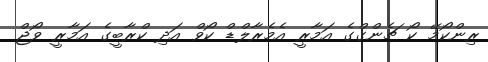
ރިންކޯމޭ ކޯ ޗެންގްގެ އަމާރީ އެމެރާލްޑް ކޯވް އަދި ކްރާބީގެ އަމާރީ ވޯޖް